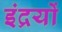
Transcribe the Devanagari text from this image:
इंद्रयों